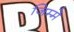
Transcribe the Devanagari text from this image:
जिम्‍मे